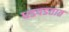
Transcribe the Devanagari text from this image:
धडपडतात